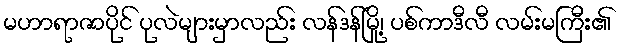
မဟာရာဇာပိုင် ပုလဲများမှာလည်း လန်ဒန်မြို့၊ ပစ်ကာဒီလီ လမ်းမကြီး၏